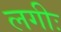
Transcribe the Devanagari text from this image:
लगीः